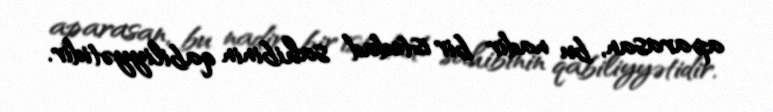
aparasan, bu nadir bir istedad sahibinin qabiliyyətidir.